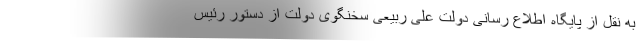
به نقل از پایگاه اطلاع رسانی دولت علی ربیعی سخنگوی دولت از دستور رئیس